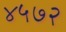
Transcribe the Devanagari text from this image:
४५७२